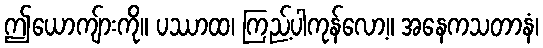
ဤယောကျ်ားကို။ ပဿာထ၊ ကြည့်ပါကုန်လော့။ အနေကသတာနံ၊